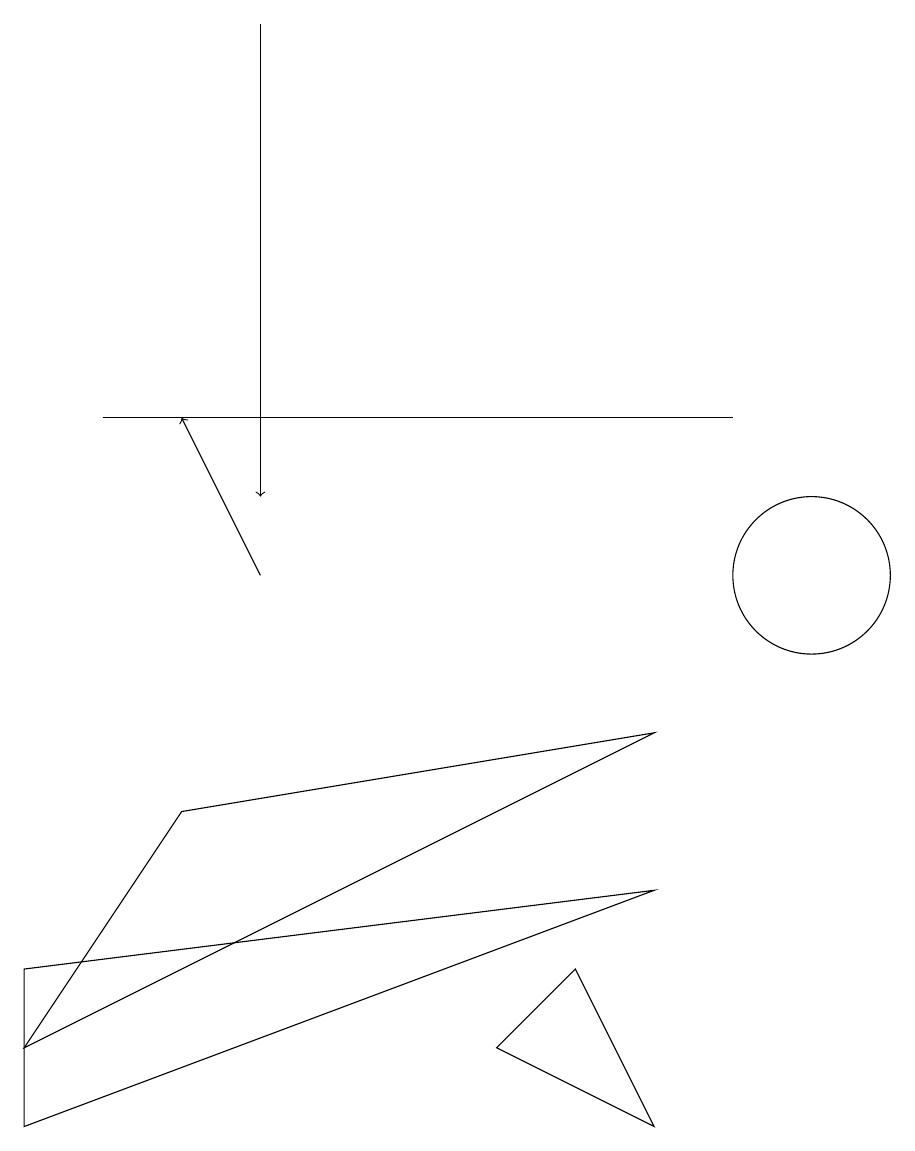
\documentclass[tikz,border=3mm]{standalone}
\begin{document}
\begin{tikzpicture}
\draw[->] (3,18) -- (3,12);
\draw (8,9) -- (0,5) -- (2,8) -- cycle;
\draw (10,11) circle (1);
\draw (8,4) -- (7,6) -- (6,5) -- cycle;
\draw[->] (3,11) -- (2,13);
\draw (9,13) rectangle (1,13);
\draw (8,7) -- (0,4) -- (0,6) -- cycle;
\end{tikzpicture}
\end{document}